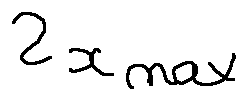
2 x _ { m a x }